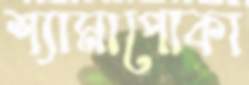
শ্যামাপোকা